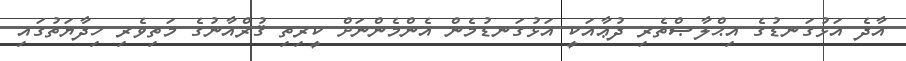
އާދެ އަޅުގަނޑުގެ އިޙްލާޞްތެރި ދުޢާއަކީ އަޅުގަނޑުމެން އެންމެންނަށް ކީރިތި ޤުރްއާނުގެ މަތިވެރި ހިދާޔަތުގައި